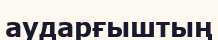
аударғыштың